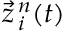
\vec { z } _ { \, i } ^ { \, n } ( t )